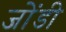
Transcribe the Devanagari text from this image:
जोंडी